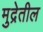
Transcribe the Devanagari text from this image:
मुद्रेतील